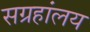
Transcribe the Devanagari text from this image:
सग्रहांलय